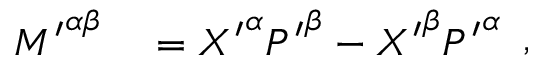
{ \begin{array} { r l } { { M ^ { \prime } } ^ { \alpha \beta } } & { { } = { X ^ { \prime } } ^ { \alpha } { P ^ { \prime } } ^ { \beta } - { X ^ { \prime } } ^ { \beta } { P ^ { \prime } } ^ { \alpha } } \end{array} } ,